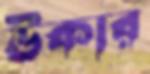
ঊকার